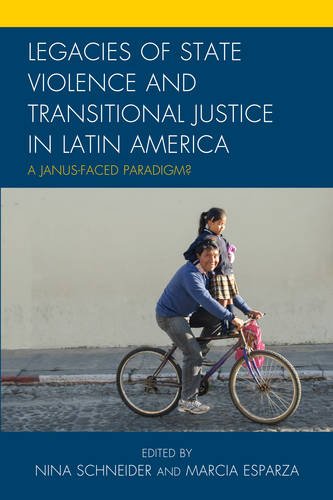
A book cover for Legacies of State Violence and Transitional Justice in Latin America: A Janus-Faced Paradigm?; History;